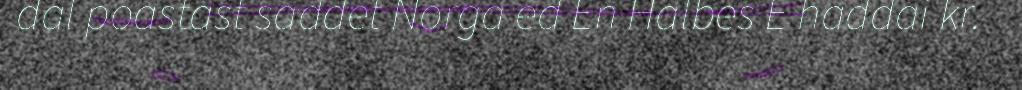
dal poastast saddet Norga ed En Halbes E haddai kr.